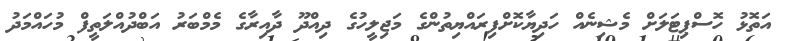
އަތޮޅު ހޮސްޕިޓަލަށް މެޝިނެއް ހަދިޔާކޮށްފިރައްޔިތުންގެ މަޖިލީހުގެ ދިއްދޫ ދާއިރާގެ މެމްބަރު އަބްދުއްލަތީފް މުހައްމަދު